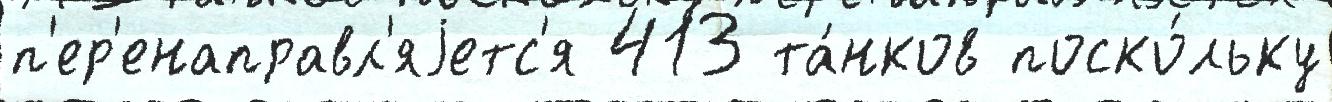
п'ер'енаправл'яjетс'я 413 та́нков поско́льку